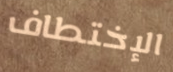
الإختطاف